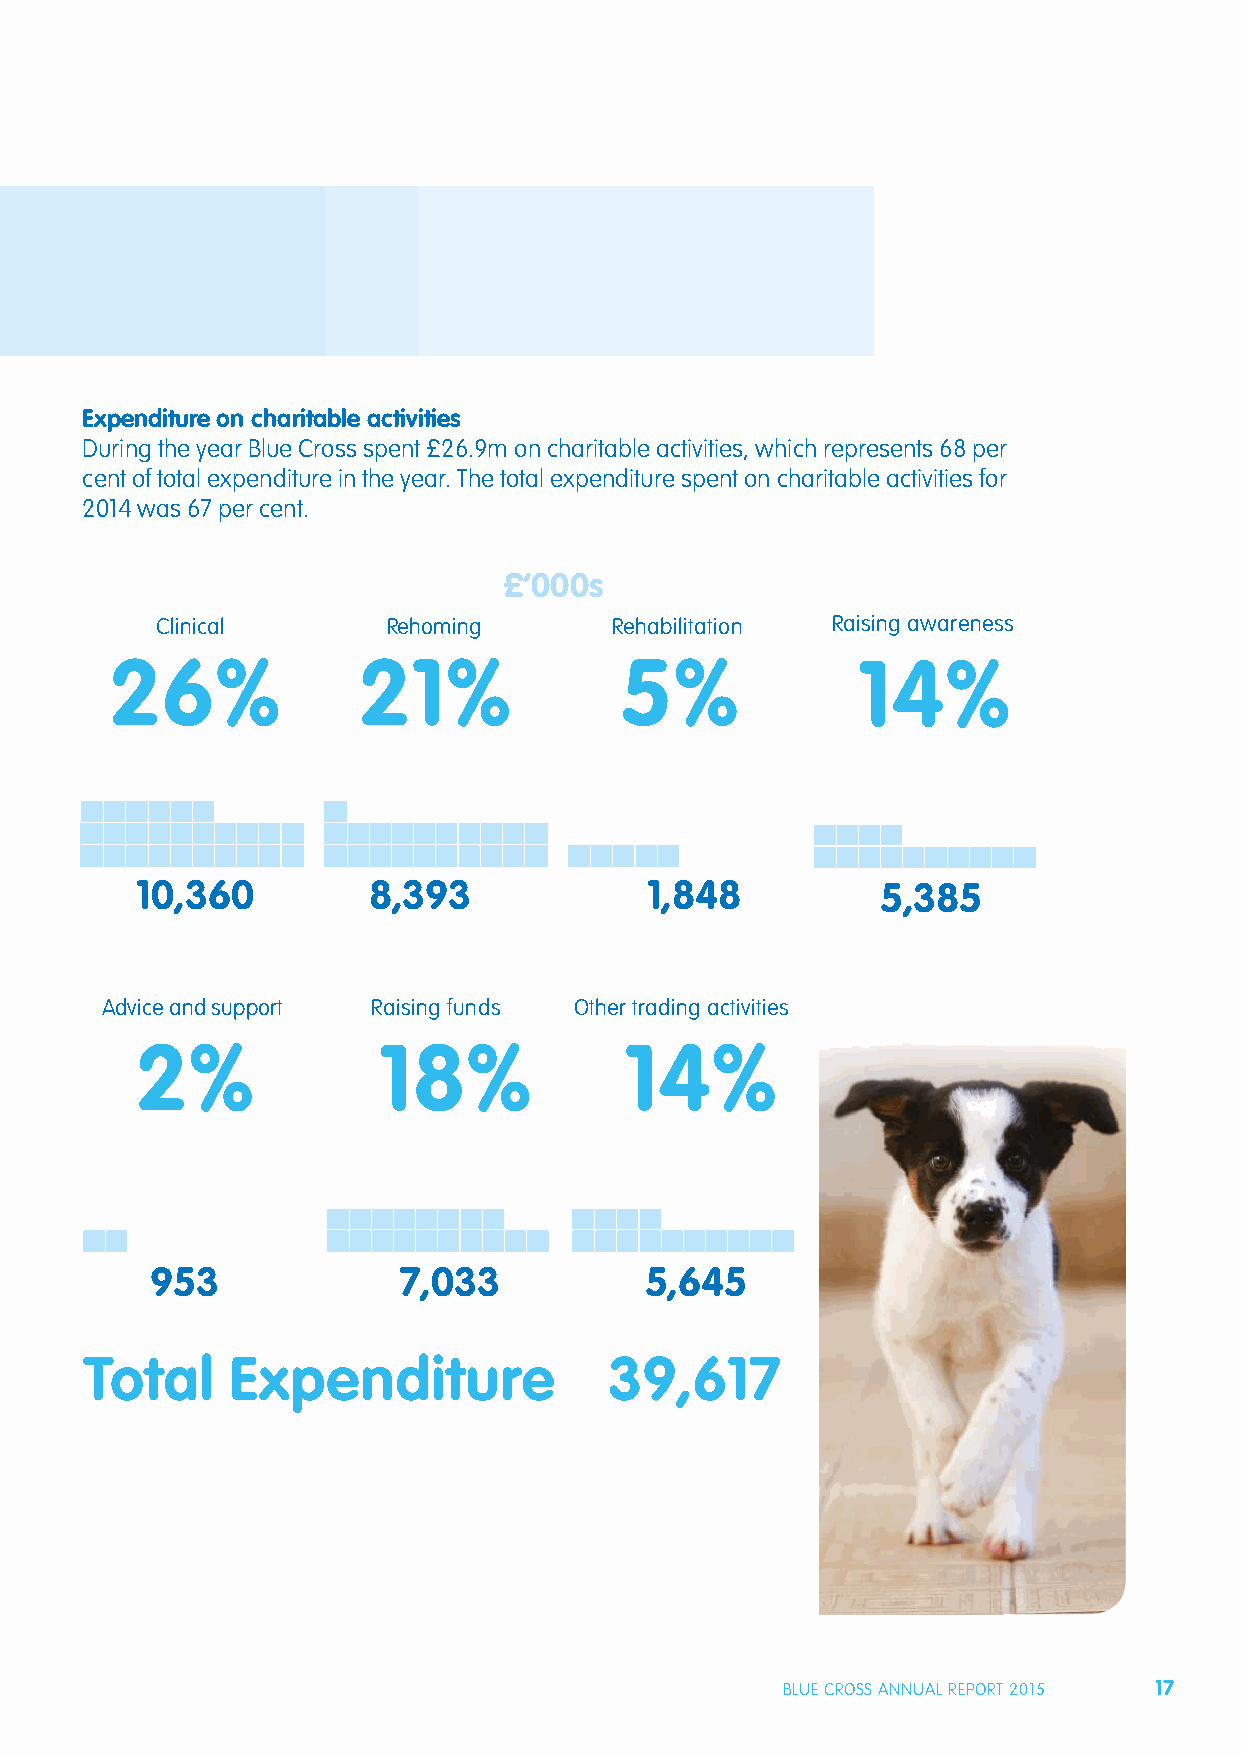
Expenditure on charitable activities
 During the year Blue Cross spent £26.9m on charitable activities, which represents 68 per
 cent of total expenditure in the year. The total expenditure spent on charitable activities for
 2014 was 67 per cent.
 £’000s
 Clinical        Rehoming      Rehabilitation Raising awareness
 26%              21%              5%              14%
 10,360         8,393              1,848          5,385
 Advice and support Raising funds Other trading activities
 2%              18%             14%
 953             7,033            5,645
 Total    Expenditure              39,617
 BLUE CROSS ANNUAL REPORT 2015 17